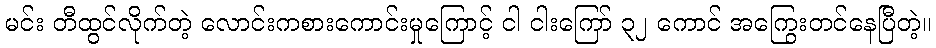
မင်း တီထွင်လိုက်တဲ့ လောင်းကစားကောင်းမှုကြောင့် ငါ ငါးကြော် ၃၂ ကောင် အကြွေးတင်နေပြီတဲ့။